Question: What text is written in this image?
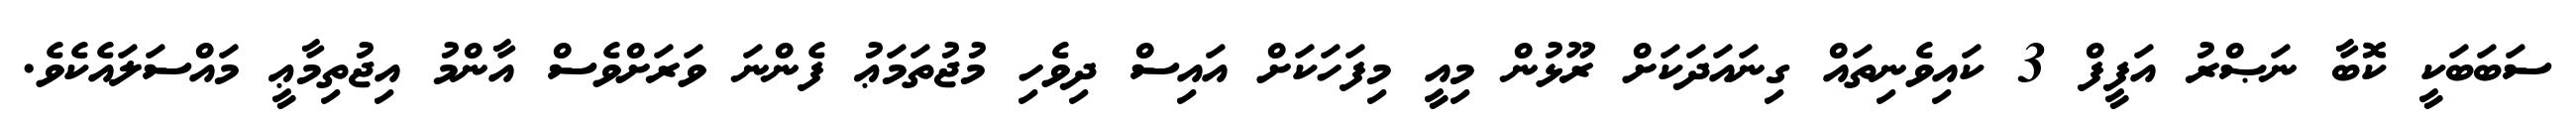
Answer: ސަބަބަކީ ކޮބާ ނަޞްރު އަފީފް 3 ކައިވެނިތައް ގިނައަދަކަށް ރޫޅުން މިއީ މިފަހަކަށް އައިސް ދިވެހި މުޖުތަމަޢު ފެންނަ ވަރަށްވެސް އާންމު އިޖުތިމާޢީ މައްސަލައެކެވެ.